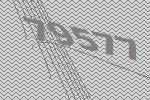
79577